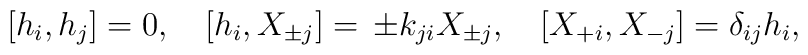
[h_i,h_j]=0,\quad[h_i,X_{\pm j}]=\,\pm k_{ji}X_{\pm j},\quad [X_{+i},X_{-j}]=\delta_{ij}h_i,